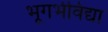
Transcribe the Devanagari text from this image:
भूगर्भविद्या